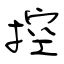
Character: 控